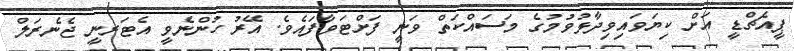
ޕީއެޗްޑީ އަށް ކިޔަވައިވިދާޅުވުމުގެ މަސައްކަތް ވަނީ ފަށްޓަވާފައެވެ. އޭރު ހުންނެވީ އެޓަރނީ ޖެނެރަލް